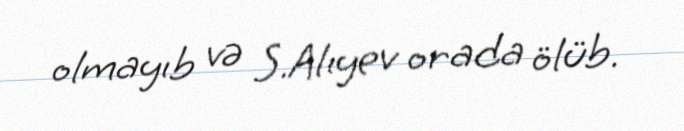
olmayıb və S.Alıyev orada ölüb.